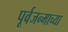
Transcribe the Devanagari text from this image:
पूर्वजन्माच्या